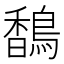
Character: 𬳥